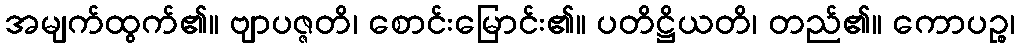
အမျက်ထွက်၏။ ဗျာပဇ္ဇတိ၊ စောင်းမြောင်း၏။ ပတိဋ္ဌိယတိ၊ တည်၏။ ကောပဉ္စ၊